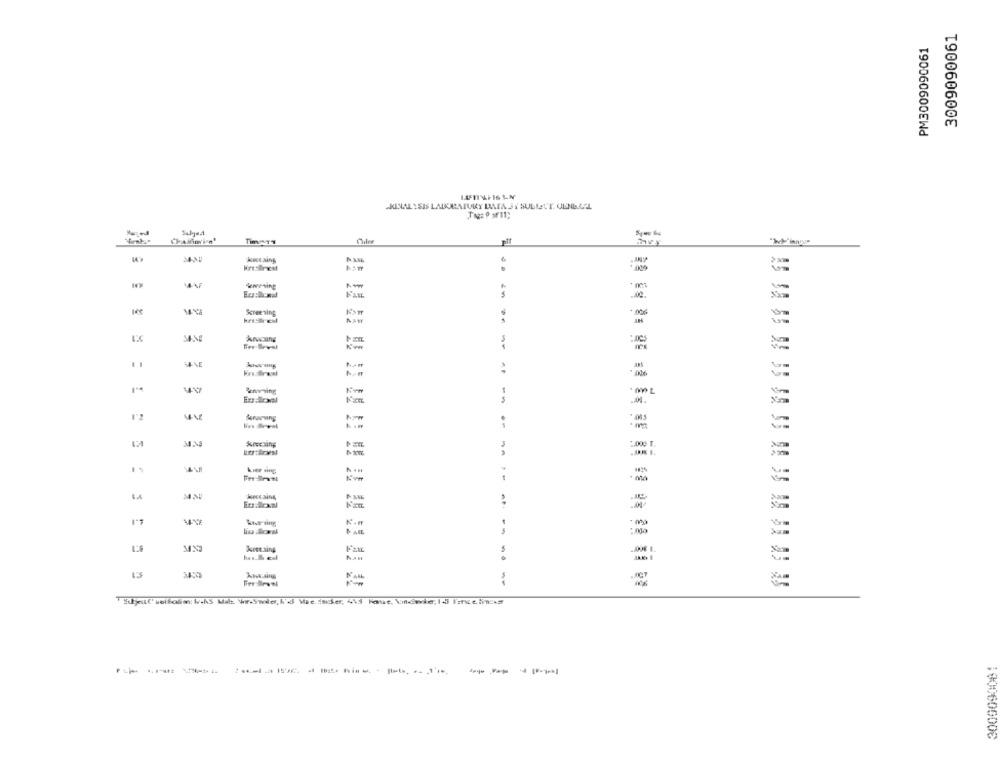
3009090061
PM3009090061
CRINAL YSIS LADURATURY DATA JY SULLETT. ULNI.LCL
IN ANE
HeesBrist
WAP-wing
-. 006
Screening
A.
2.000 T.
A .
koccaing,
--
Kres aing
WAHL
Shout' Mellom WAS Mit Vr-Swie, I'd We inder, 415 Fase, Unewie, I4 Iantenas
3009090001
------